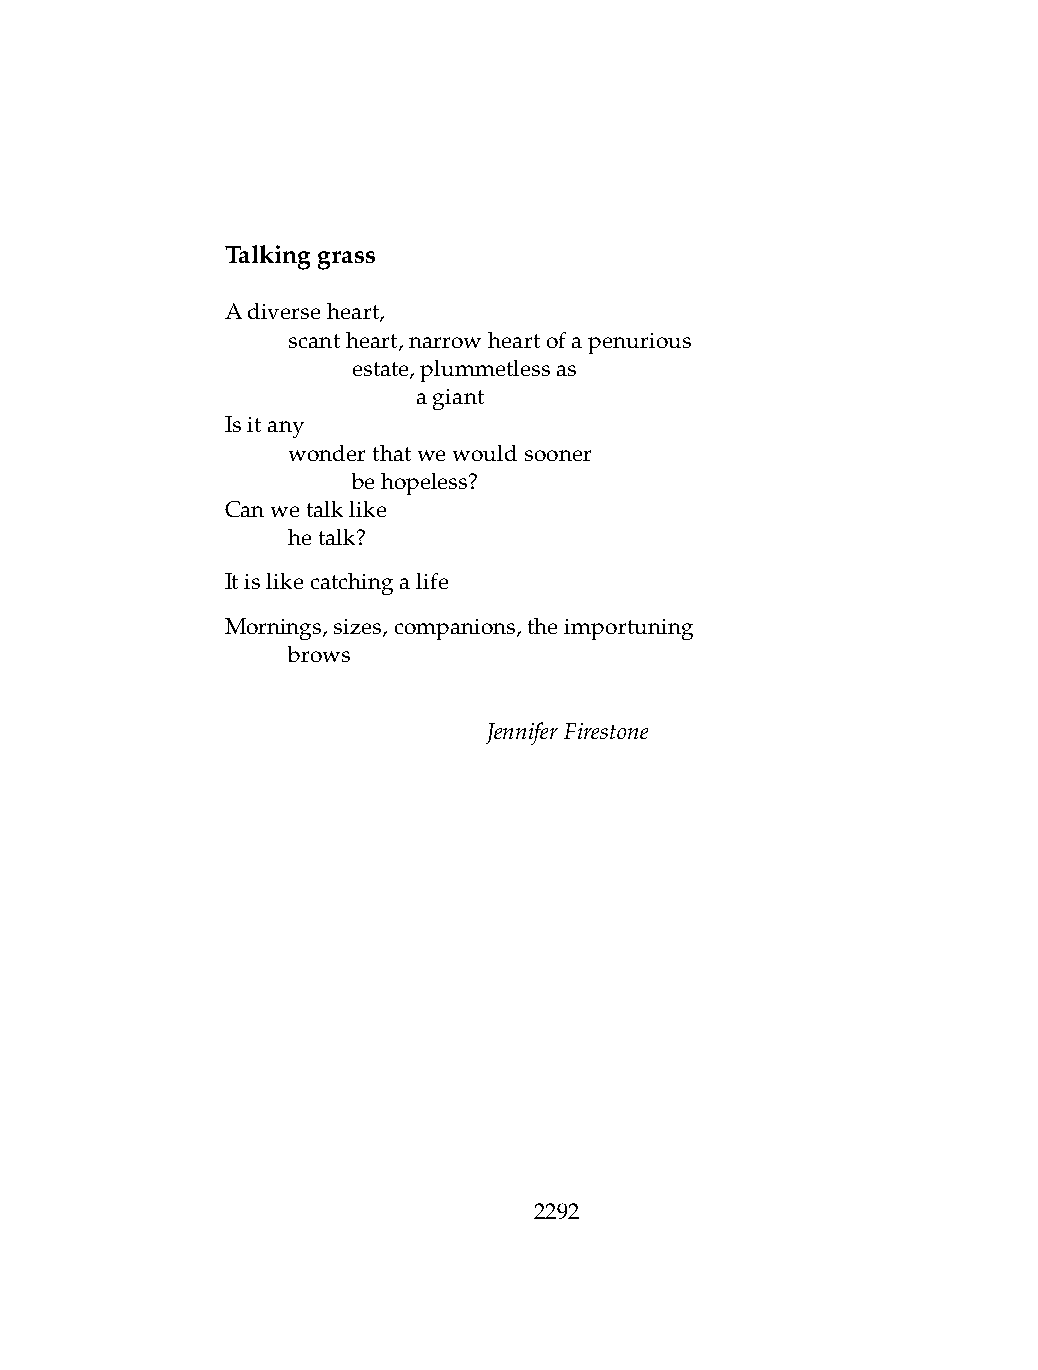
Talkinggrass
 Adiverseheart,
 .   scantheart,narrowheartofapenurious
 .   .   estate,plummetlessas
 .   .   .    agiant
 Isitany
 .   wonderthatwewouldsooner
 .   .   behopeless?
 Canwetalklike
 .   hetalk?
 Itislikecatchingalife
 Mornings,sizes,companions,theimportuning
 .   brows
 JenniferFirestone
 2292